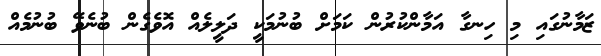
ޒަމާނުގައި މި ހިނގާ އަމާންކުރުން ކަމަށް ބުނުމަކީ ދަލީލެއް އޮވެގެން ބުނެވޭ ބުނުމެއް